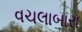
વચલાબારા